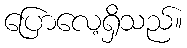
ပြောလေ့ရှိသည်။